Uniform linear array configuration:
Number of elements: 16
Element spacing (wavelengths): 0.75
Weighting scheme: binomial
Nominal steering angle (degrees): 30
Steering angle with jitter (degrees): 30.438
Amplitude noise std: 0.05
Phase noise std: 0.05

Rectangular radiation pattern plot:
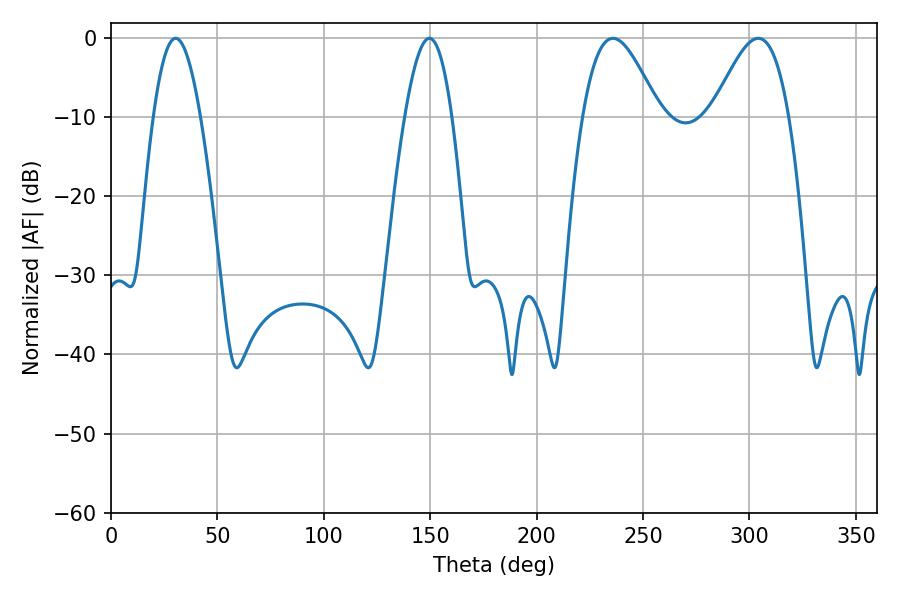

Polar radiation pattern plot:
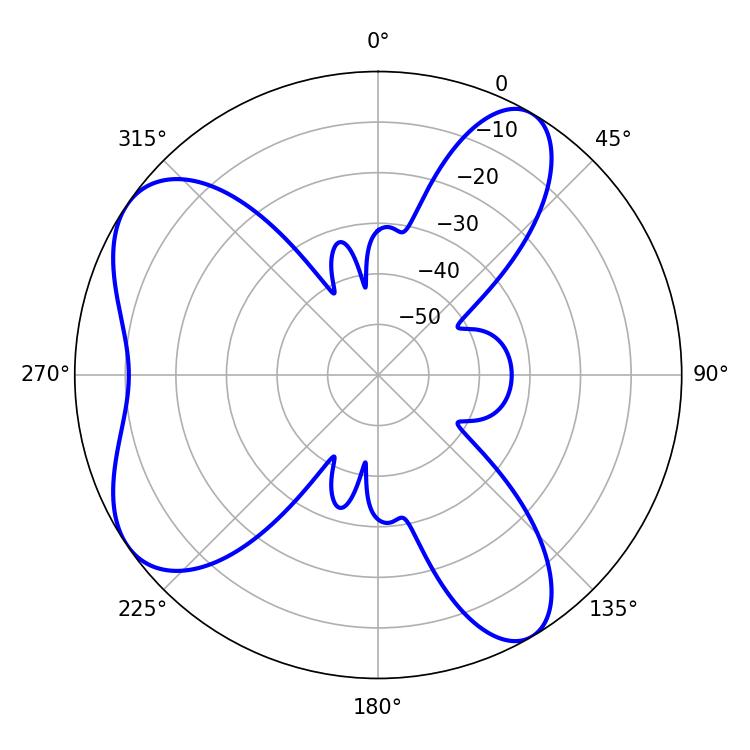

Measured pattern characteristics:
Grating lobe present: TRUE
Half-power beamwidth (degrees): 19.26
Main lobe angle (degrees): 235.8